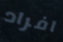
افراد